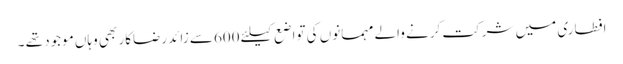
افطاری میں شرکت کرنے والے مہمانوں کی تواضع کیلئے 600سے زائد رضاکار بھی وہاں موجود تھے ۔